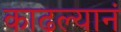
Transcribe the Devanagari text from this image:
काढल्यानं